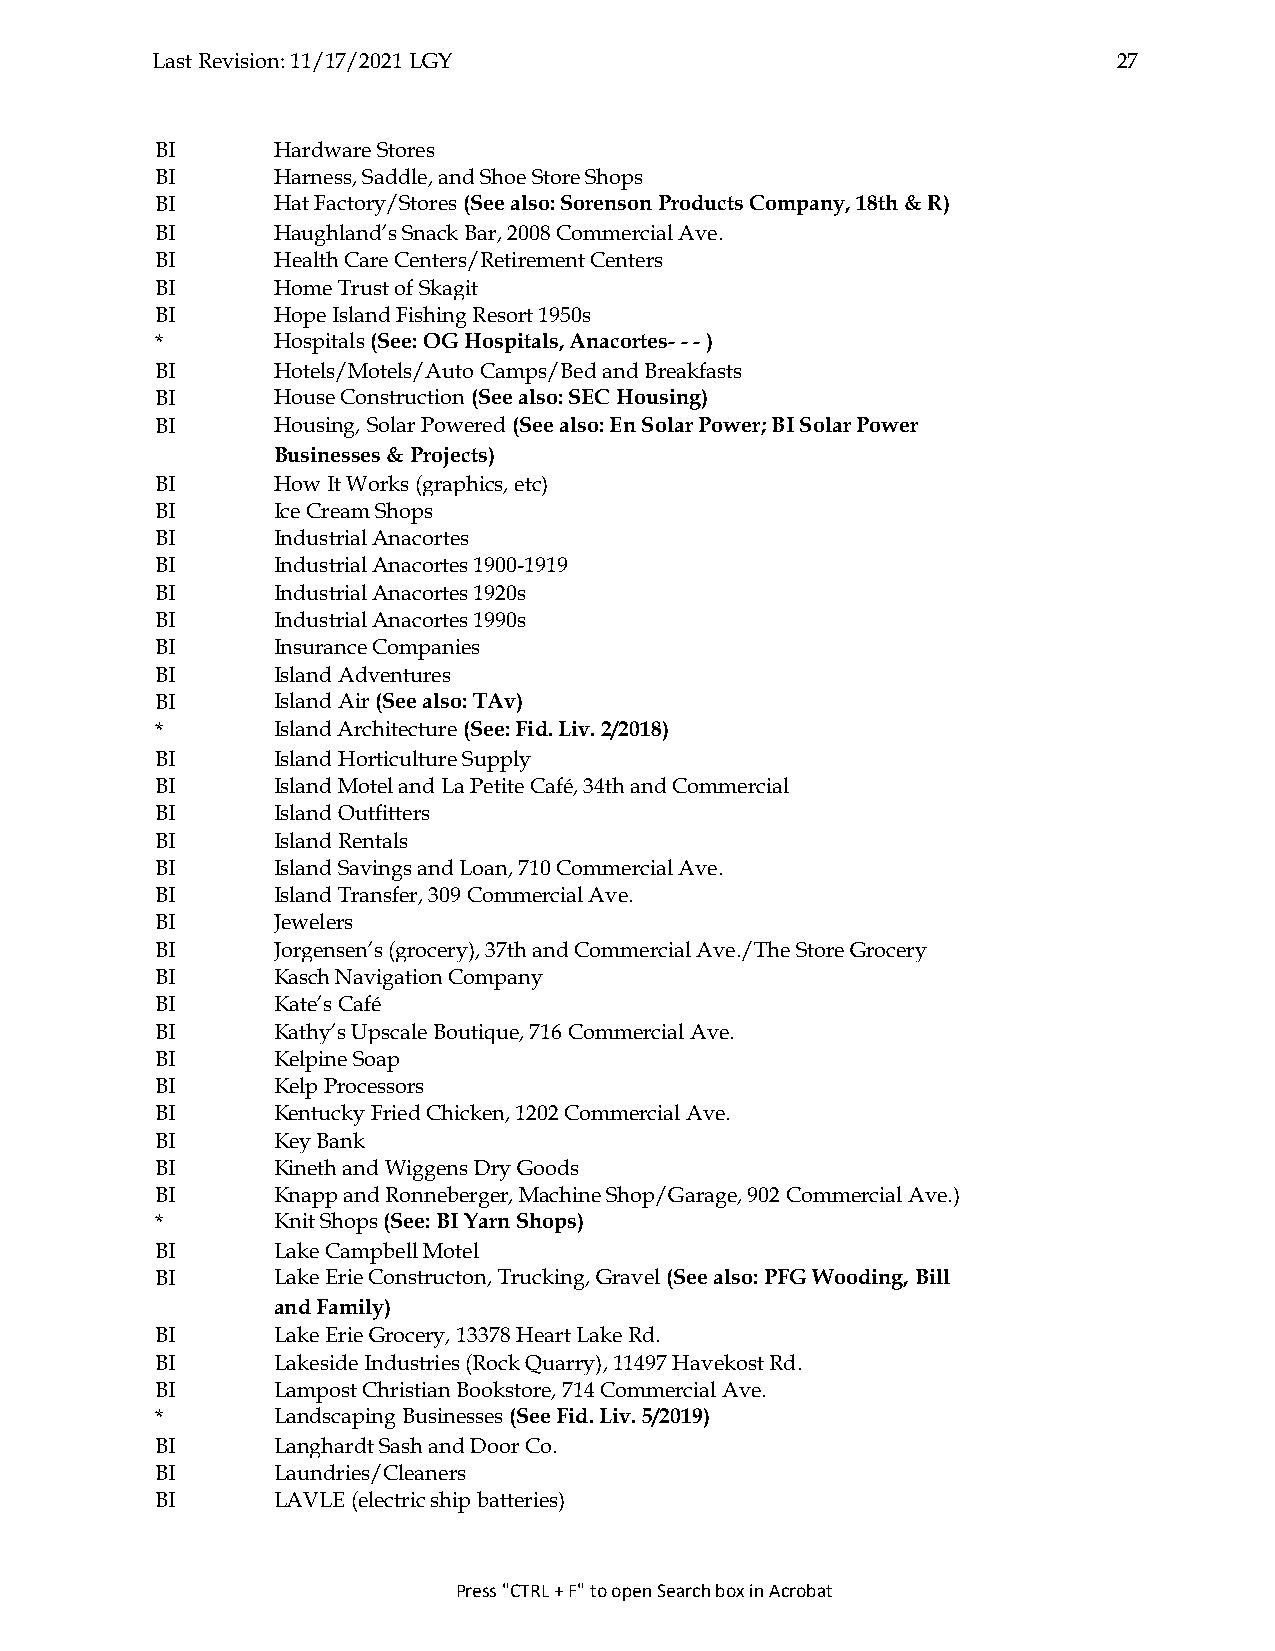
Last Revision: 11/17/2021 LGY                                   27
 BI      Hardware Stores
 BI      Harness, Saddle, and Shoe Store Shops
 BI      Hat Factory/Stores (See also: Sorenson Products Company, 18th & R)
 BI      Haughland’s Snack Bar, 2008 Commercial Ave.
 BI      Health Care Centers/Retirement Centers
 BI      Home Trust of Skagit
 BI      Hope Island Fishing Resort 1950s
 *       Hospitals (See: OG Hospitals, Anacortes- - - )
 BI      Hotels/Motels/Auto Camps/Bed and Breakfasts
 BI      House Construction (See also: SEC Housing)
 BI      Housing, Solar Powered (See also: En Solar Power; BI Solar Power
 Businesses & Projects)
 BI      How It Works (graphics, etc)
 BI      Ice Cream Shops
 BI      Industrial Anacortes
 BI      Industrial Anacortes 1900-1919
 BI      Industrial Anacortes 1920s
 BI      Industrial Anacortes 1990s
 BI      Insurance Companies
 BI      Island Adventures
 BI      Island Air (See also: TAv)
 *       Island Architecture (See: Fid. Liv. 2/2018)
 BI      Island Horticulture Supply
 BI      Island Motel and La Petite Café, 34th and Commercial
 BI      Island Outfitters
 BI      Island Rentals
 BI      Island Savings and Loan, 710 Commercial Ave.
 BI      Island Transfer, 309 Commercial Ave.
 BI      Jewelers
 BI      Jorgensen’s (grocery), 37th and Commercial Ave./The Store Grocery
 BI      Kasch Navigation Company
 BI      Kate’s Café
 BI      Kathy’s Upscale Boutique, 716 Commercial Ave.
 BI      Kelpine Soap
 BI      Kelp Processors
 BI      Kentucky Fried Chicken, 1202 Commercial Ave.
 BI      Key Bank
 BI      Kineth and Wiggens Dry Goods
 BI      Knapp and Ronneberger, Machine Shop/Garage, 902 Commercial Ave.)
 *       Knit Shops (See: BI Yarn Shops)
 BI      Lake Campbell Motel
 BI      Lake Erie Constructon, Trucking, Gravel (See also: PFG Wooding, Bill
 and Family)
 BI      Lake Erie Grocery, 13378 Heart Lake Rd.
 BI      Lakeside Industries (Rock Quarry), 11497 Havekost Rd.
 BI      Lampost Christian Bookstore, 714 Commercial Ave.
 *       Landscaping Businesses (See Fid. Liv. 5/2019)
 BI      Langhardt Sash and Door Co.
 BI      Laundries/Cleaners
 BI      LAVLE (electric ship batteries)
 Press "CTRL + F" to open Search box in Acrobat